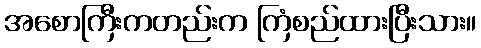
အစောကြီးကတည်းက ကြံစည်ထားပြီးသား။